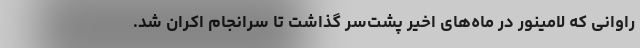
راوانی که لامینور در ماه‌های اخیر پشت‌سر گذاشت تا سرانجام اکران شد.